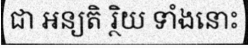
ជា អន្យតិ រ្ថិយ ទាំងនោះ